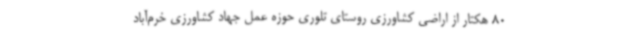
80 هکتار از اراضی کشاورزی روستای تلوری حوزه عمل جهاد کشاورزی خرم‌آباد